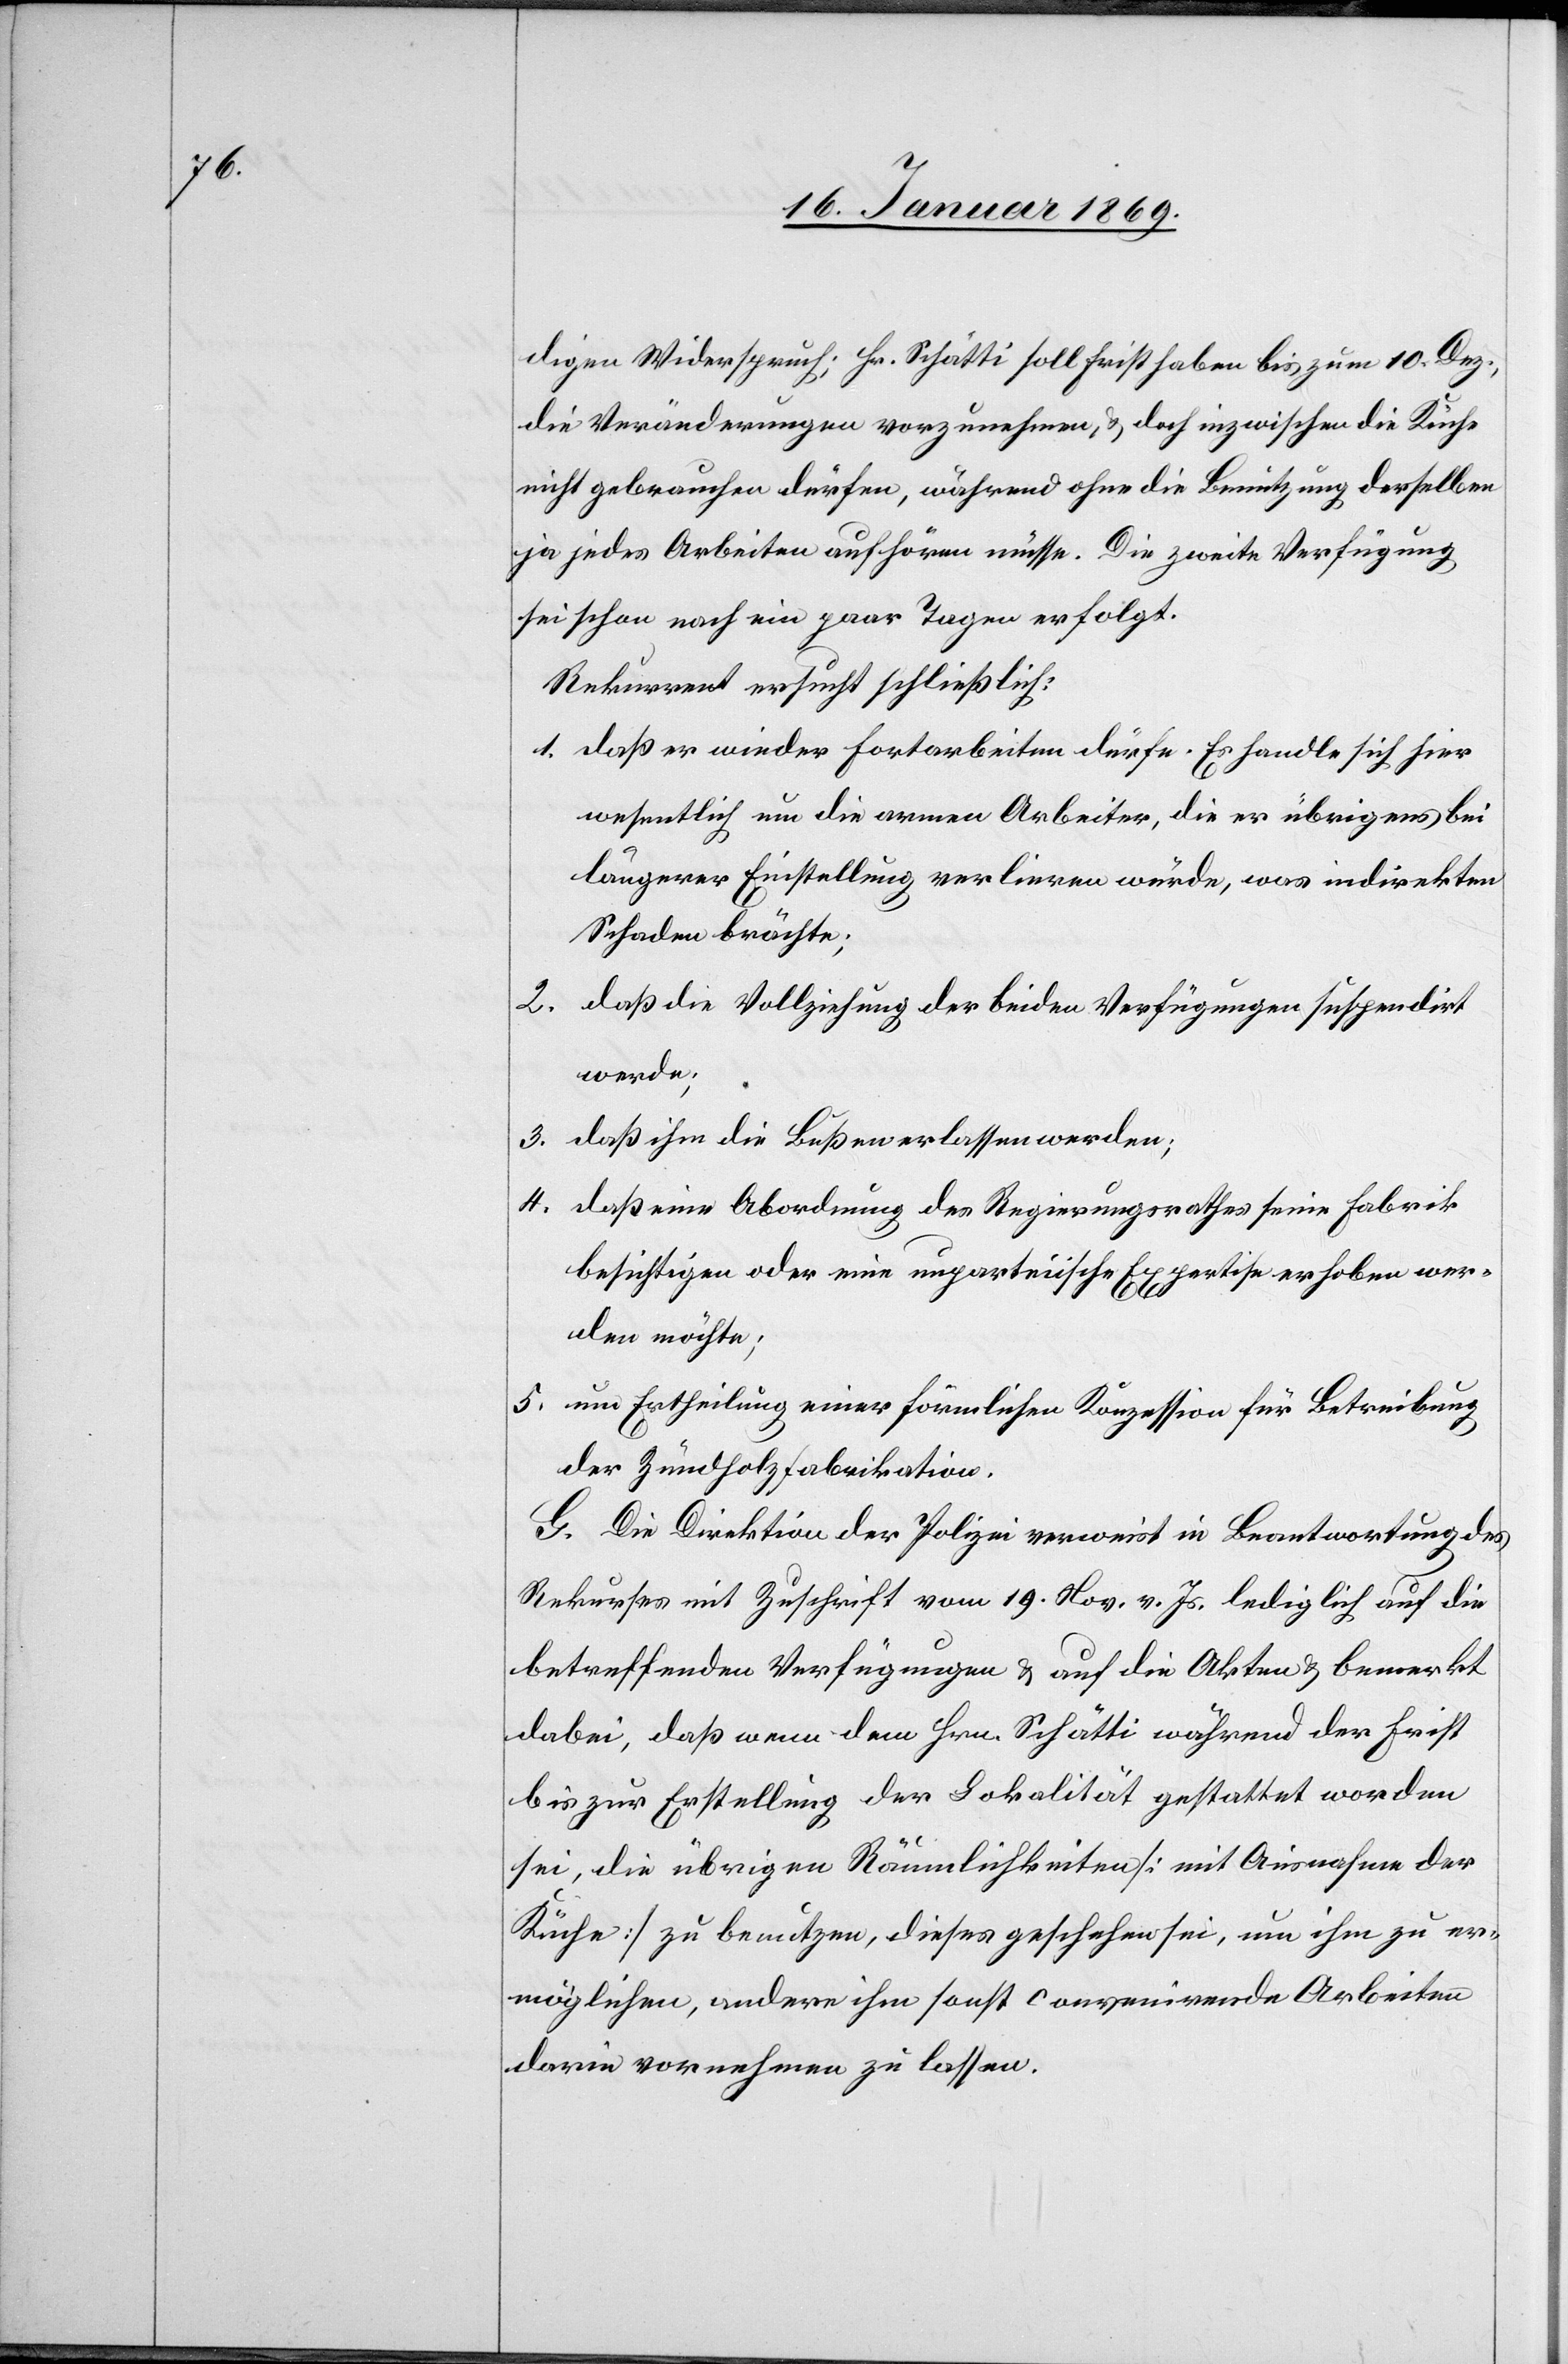
digen Widerspruch; Hr. Schätti soll Frist haben bis zum 10. Dez.,
die Veränderungen vorzunehmen, u. doch inzwischen die Küche
nicht gebrauchen dürfen, während ohne die Benutzung derselben
ja jedes Arbeiten aufhören müsse. Die zweite Verfügung
sei schon nach ein paar Tagen erfolgt.
Rekurrent ersucht schließlich:
1. daß er wieder fortarbeiten dürfe. Es handle sich hier
wesentlich um die armen Arbeiter, die er übrigens bei
längerer Einstellung verlieren würde, was indirekten
Schaden brächte;
2. daß die Vollziehung der beiden Verfügungen suspendirt
werde;
3. daß ihm die Bußen erlassen werden;
4. daß eine Abordnung des Regierungsrathes seine Fabrik
besichtigen oder eine unparteiische Expertise erhoben wer¬
den möchte;
5. um Ertheilung einer förmlichen Konzession für Betreibung
der Zündholzfabrikation.
G. Die Direktion der Polizei verweist in Beantwortung des
Rekurses mit Zuschrift vom 19. Nov v. Js. lediglich auf die
betreffenden Verfügungen u. auf die Akten u. bemerkt
dabei, daß wenn dem Hrn. Schätti während der Frist
bis zur Erstellung der Lokalität gestattet worden
sei, die übrigen Räumlichkeiten [mit Ausnahme der
Küche] zu benutzen, dieses geschehen sei, um ihm zu er¬
möglichen, andere ihm sonst convenirende Arbeiten
darin vornehmen zu lassen.